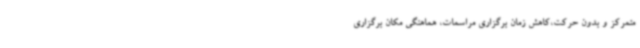
متمرکز و بدون حرکت،کاهش زمان برگزاری مراسمات، هماهنگی مکان برگزاری